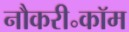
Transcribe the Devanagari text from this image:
नौकरी॰कॉम